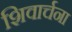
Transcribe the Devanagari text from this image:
शिवार्चना